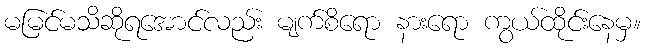
မမြင်မသိဆိုရအောင်လည်း မျက်စိရော နားရော ကွယ်ထိုင်းနေမှ။